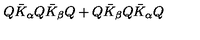
Q \bar { K } _ { \alpha } Q \bar { K } _ { \beta } Q + Q \bar { K } _ { \beta } Q \bar { K } _ { \alpha } Q